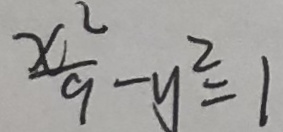
\frac { x ^ { 2 } } { 9 } - y ^ { 2 } = 1